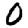
Digit: 0